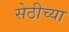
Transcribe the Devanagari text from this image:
सेठीच्या